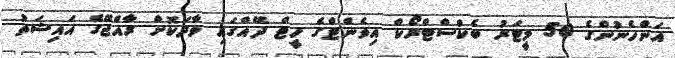
އަންހެނުންގެ 50 މީޓަރު ބެކްސްޓްރޯކް އިވެންޓްގެ ހީޓް ދޭއްގައި ވާދަކޮށް ރާއްޖޭގެ އައިޝަތު